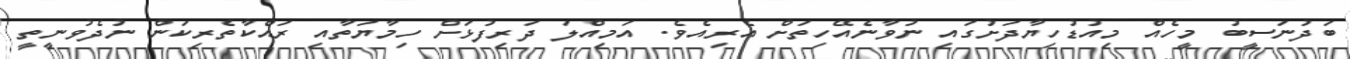
ބަދުނަސީބު މީހެއް މިއުޑުހިޔާދަށުގައި ނުވާނެއޭހިތަށް އެރިއެވެ. އަމިއްލަ ދަރިފުޅަށް ހިމާޔަތާއި ރައްކާތެރިކަން ނުދެވުނީތީ